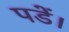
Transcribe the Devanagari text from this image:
पडें।